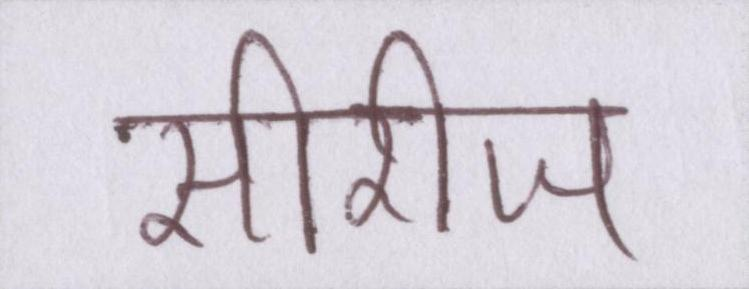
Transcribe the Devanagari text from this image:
सीरीज